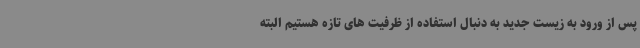
پس از ورود به زیست جدید به دنبال استفاده از ظرفیت های تازه هستیم البته